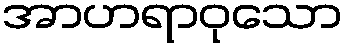
အာဟရာဝုသော